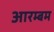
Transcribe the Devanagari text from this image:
आरम्बम